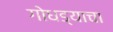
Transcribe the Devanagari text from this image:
गोधड्याचा